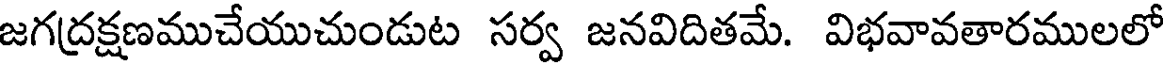
జగద్రక్షణముచేయుచుండుట సర్వ జనవిదితమే. విభవావతారములలో